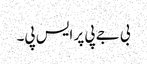
بی جے پی پر ایس پی۔